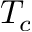
T _ { c }